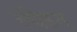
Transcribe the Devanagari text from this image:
ल्येडन